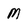
Character: M